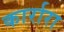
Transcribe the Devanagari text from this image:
कार्रारा